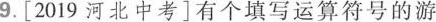
9[2019河北中考]有个填写运算符号的游